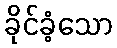
ခိုင်ခံ့သော